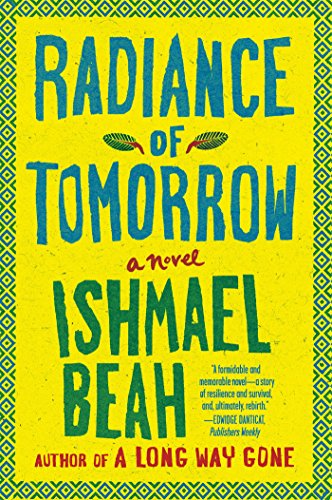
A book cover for Radiance of Tomorrow: A Novel; Ishmael Beah; Literature & Fiction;